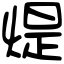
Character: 煶